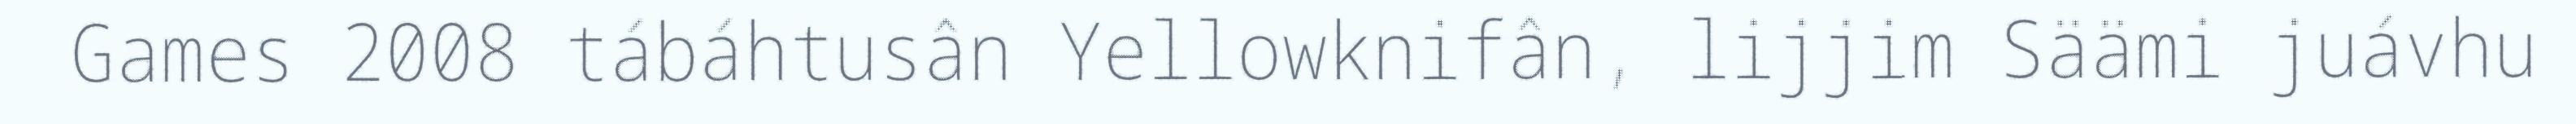
Games 2008 tábáhtusân Yellowknifân, lijjim Säämi juávhu